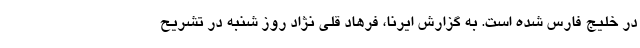
در خلیج فارس شده است. به گزارش ایرنا، فرهاد قلی نژاد روز شنبه در تشریح